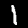
Digit: 1